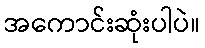
အကောင်းဆုံးပါပဲ။